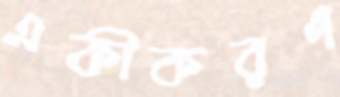
একীকরণ